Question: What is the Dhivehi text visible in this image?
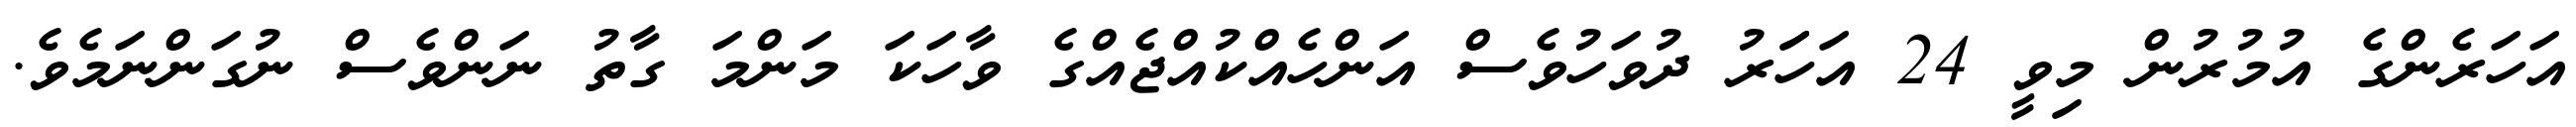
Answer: އަހަރެންގެ އުމުރުން މިވީ 24 އަހަަރު ދުވަހުވެސް އަންހެއްކުއްޖެއްގެ ވާހަކަ މަންމަ ގާތު ނަންވެސް ނުގަންނަމެވެ.